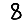
Digit: 8